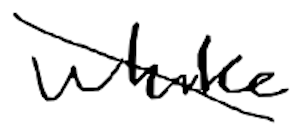
Text: while
Cross-out: diagonal
Writing tool: digital_black